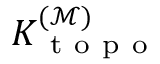
K _ { \mathrm { ~ t ~ o ~ p ~ o ~ } } ^ { ( \mathcal { M } ) }